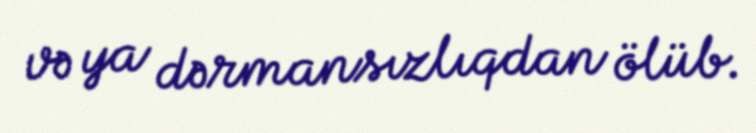
və ya dərmansızlıqdan ölüb.